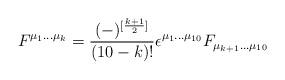
LaTeX: \begin{align*}F^{\mu_1...\mu_k} = {(-)^{[{k+1\over 2}]}\over (10-k)!} \epsilon^{\mu_1...\mu_{10}} F_{\mu_{k+1}...\mu_{10}}\end{align*}